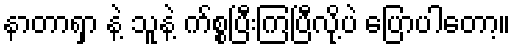
နာတာရှာ နဲ့ သူနဲ့ က်စ္စပြီးကြပြီလို့ပဲ ပြောပါတော့။